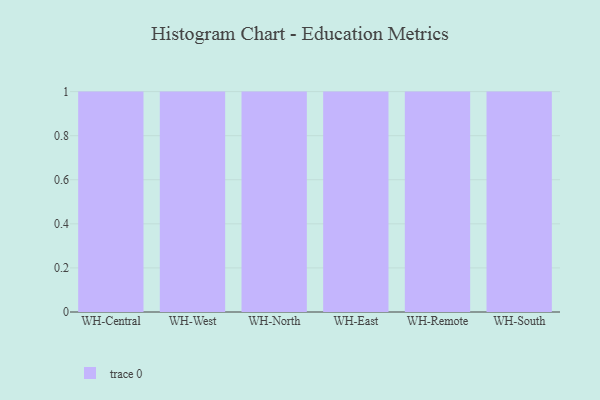
{"axis": {"x": "Warehouse", "y": "Shipments"}, "legend": [""], "data": [{"x": "WH-Central", "y": 15, "type": ""}, {"x": "WH-West", "y": 29, "type": ""}, {"x": "WH-North", "y": 73, "type": ""}, {"x": "WH-East", "y": 22, "type": ""}, {"x": "WH-Remote", "y": 71, "type": ""}, {"x": "WH-South", "y": 71, "type": ""}]}